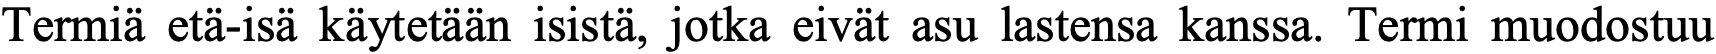
Termiä etä-isä käytetään isistä, jotka eivät asu lastensa kanssa. Termi muodostuu